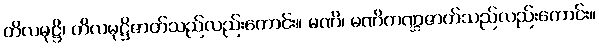
တိလမုဋ္ဌိ၊ တိလမုဋ္ဌိဇာတ်သည်လည်းကောင်း။ မဏိ၊ မဏိကဏ္ဌဇာတ်သည်လည်းကောင်း။